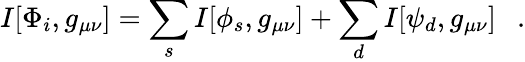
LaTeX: I[\Phi_{i},g_{\mu\nu}]=\sum_{s}I[\phi_{s},g_{\mu\nu}]+\sum_{d}I[\psi_{d},g_{\mu\nu}]~~~.